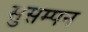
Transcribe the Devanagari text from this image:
सुसम्पन